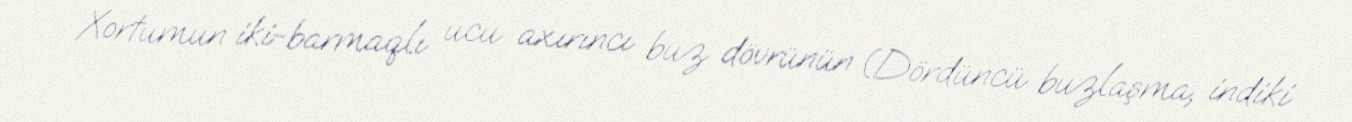
Xortumun iki-barmaqlı ucu axırıncı buz dövrünün (Dördüncü buzlaşma, indiki